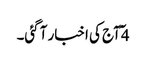
4 ٓآج کی اخبار آ گئی۔